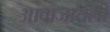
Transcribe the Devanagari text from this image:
आवाजातली